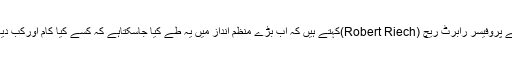
برکلے یونیورسٹی آف کیلیفورنیامیں پبلک پالیسی کے پروفیسر رابرٹ ریچ (Robert Riech)کہتے ہیں کہ اب بڑے منظم انداز میں یہ طے کیا جاسکتاہے کہ کسے کیا کام اورکب دیا جائے اور پھر اس کام کے معیار کو پرکھا جائے۔